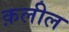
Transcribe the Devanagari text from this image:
क़लील